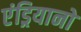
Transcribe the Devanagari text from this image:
एंड्रियानो